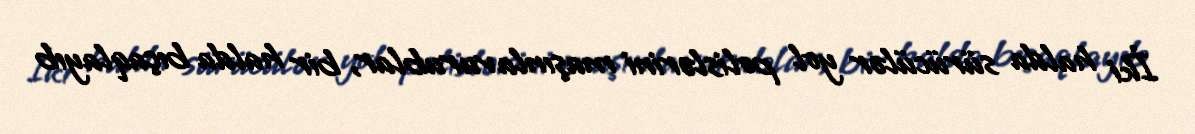
İki halda sürücülər yol polislərini maşınla vurublar, bir halda bıçaqlayıb